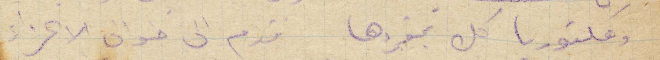
وفكتوريا كل بمفردها قدم الى خوان الأعزاء